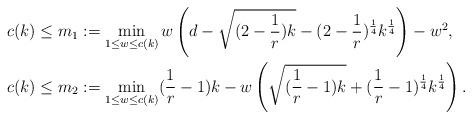
LaTeX: \begin{align*} c(k) & \leq m_1:=\min_{1\leq w\leq c(k)}w\left(d-\sqrt{(2-\frac{1}{r})k}-(2-\frac{1}{r})^{\frac{1}{4}}k^{\frac{1}{4}}\right)-w^2,\\c(k) & \leq m_2:=\min_{1\leq w\leq c(k)}(\frac{1}{r}-1)k-w\left(\sqrt{(\frac{1}{r}-1)k}+(\frac{1}{r}-1)^\frac{1}{4}k^\frac{1}{4}\right).\end{align*}